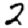
Digit: 2